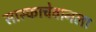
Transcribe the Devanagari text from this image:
सास्काचेवानला